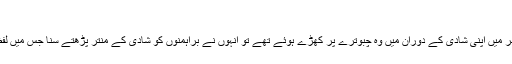
[3]
بارہ برس کی عمر میں اپنی شادی کے دوران میں وہ چبوترے پر کھڑے ہوئے تھے تو انہوں نے براہمنوں کو شادی کے منتر پڑھتے سنا جس میں لفظ ”ساودھان“ سنا۔